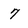
Character: 7